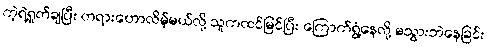
ကဲ့ရဲ့ရှုတ်ချပြီး တရားဟောလိမ့်မယ်လို့ သူကထင်မြင်ပြီး ကြောက်ရွံ့နေလို့ မသွားဘဲနေခြင်း